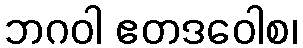
ဘဂဝါ ဧတဒဝေါစ၊